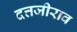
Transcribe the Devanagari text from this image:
दत्तजीराव